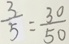
\frac { 3 } { 5 } = \frac { 3 0 } { 5 0 }